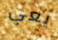
يعي